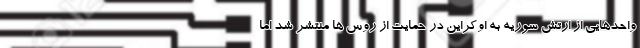
واحدهایی از ارتش سوریه به اوکراین در حمایت از روس ها منتشر شد اما